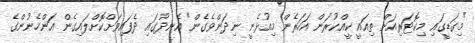
"މިގަޑީގައި މިކޮޓަރިއަށް ތިއައީ ކީއްކުރަން އަހަރެން މިއުޅެނީ ނިދަންވެގެން" އެނދުގައި ދެފައިވަށްކޮށްލައިގެން އަންހެނުންގެ